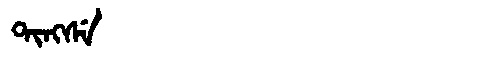
Manchu: ᡨᡳᠩᠰᡝ
Romanization: TINGSE